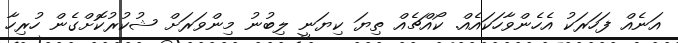
އަނެއް ފަހަރަކު އެހެންވާހަކައެއް. ކޯއްޗެއް ތިޔަ ކިޔަނީ ލިބުނު މިންވަރަށް ޝުކުރުކޮށްގެން ހުރިހާ